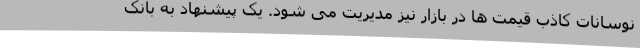
نوسانات کاذب قیمت ها در بازار نیز مدیریت می شود. یک پیشنهاد به بانک